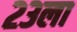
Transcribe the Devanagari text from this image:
२३ला